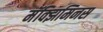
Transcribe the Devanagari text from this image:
मॅक्झिमिनस